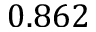
0 . 8 6 2